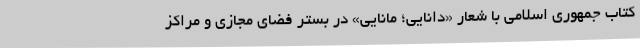
کتاب جمهوری اسلامی با شعار «دانایی؛ مانایی» در بستر فضای مجازی و مراکز